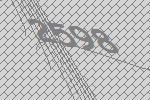
2598